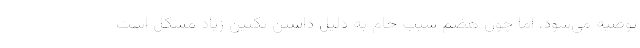
توصیه می‌شود، اما چون هضم سیب خام به دلیل داشتن پکتین زیاد مشکل است